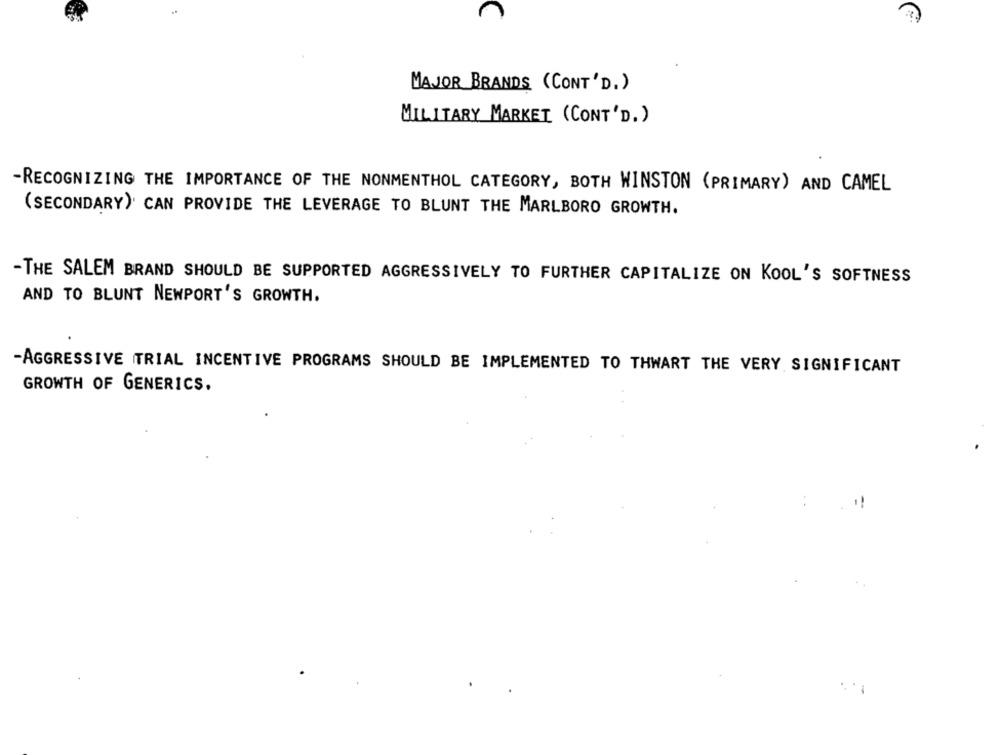
MAJOR BRANDS (CONT'D. )
MILITARY MARKET (CONT'D. )
-RECOGNIZING THE IMPORTANCE OF THE NONMENTHOL CATEGORY, BOTH WINSTON (PRIMARY) AND CAMEL
(SECONDARY) CAN PROVIDE THE LEVERAGE TO BLUNT THE MARLBORO GROWTH.
-THE SALEM BRAND SHOULD BE SUPPORTED AGGRESSIVELY TO FURTHER CAPITALIZE ON KOOL'S SOFTNESS
AND TO BLUNT NEWPORT'S GROWTH.
-AGGRESSIVE ITRIAL INCENTIVE PROGRAMS SHOULD BE IMPLEMENTED TO THWART THE VERY SIGNIFICANT
GROWTH OF GENERICS.
!!